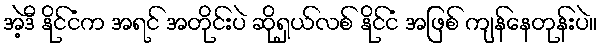
အဲ့ဒီ နိုင်ငံက အရင် အတိုင်းပဲ ဆိုရှယ်လစ် နိုင်ငံ အဖြစ် ကျန်နေတုန်းပဲ။